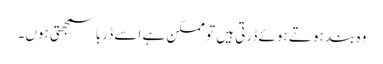
وہ بند ہوتے ہوئے ڈرتی ہیں تو ممکن ہے اسے ڈربا سمجھتی ہوں۔